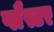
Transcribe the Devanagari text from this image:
प्लैस्टर